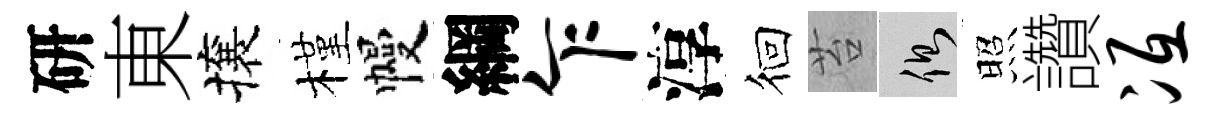
研東攘槿幔綱乍淳徊苔側照讚冱